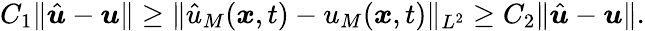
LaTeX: C_{1}\| \hat{\boldsymbol{u}}-\boldsymbol{u}\| \ge\| \hat{u}_{M}(\boldsymbol{x},t)-u_{M}(\boldsymbol{x},t)\| _{L^{2}}\ge C_{2}\| \hat{\boldsymbol{u}}-\boldsymbol{u}\| .